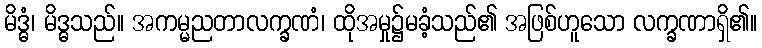
မိဒ္ဓံ၊ မိဒ္ဓသည်။ အကမ္မညတာလက္ခဏံ၊ ထိုအမှု၌မခံ့သည်၏ အဖြစ်ဟူသော လက္ခဏာရှိ၏။